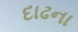
દાઢના